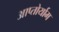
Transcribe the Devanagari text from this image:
आप्‍तोर्याम